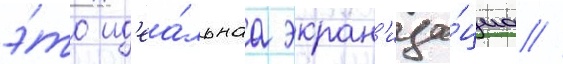
э́то ид'еа́льнаа экран'иза́циа //